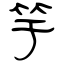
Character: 竽